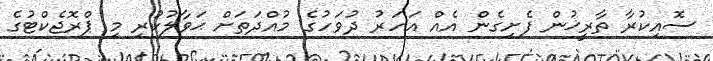
ސޮއިކުރާ ތާރީޚުން ފެށިގެން އެއް އަހަރު ދުވަހުގެ މުއްދަތަށް ޙަވާލުކުރި މި ޕްރޮޖެކްޓުގެ